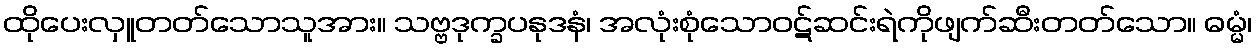
ထိုပေးလှူတတ်သောသူအား။ သဗ္ဗဒုက္ခပနုဒနံ၊ အလုံးစုံသောဝဋ်ဆင်းရဲကိုဖျက်ဆီးတတ်သော။ ဓမ္မံ၊